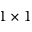
1 \times 1